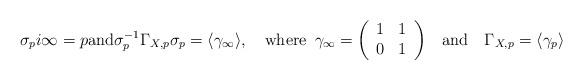
LaTeX: \begin{align*}\sigma_{p}i\infty = p \mathrm{and} \sigma_{p}^{-1}\Gamma_{X,p}\sigma_{p} = \langle\gamma_{\infty}\rangle,\quad\mathrm{where}\,\,\, \gamma_{\infty}=\left(\begin{array}{ccc} 1 & 1\\ 0 & 1 \end{array}\right)\quad&\mathrm{and}\quad\Gamma_{X,p}=\langle\gamma_{p}\rangle \end{align*}